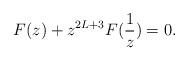
LaTeX: \begin{align*}F(z) + z^{2L+3} F(\frac{1}{z}) = 0.\end{align*}